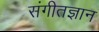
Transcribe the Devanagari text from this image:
संगीतज्ञान